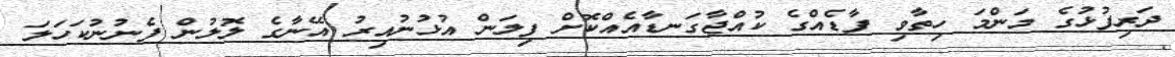
ދަރިފުޅުގެ މަންމަ ހިތާވި ފާޑެއްގެ ކުއްޖާގަނޑާއެއްކޮށް ފިލަން އުޅުނުއިރު އޭނާގެ ލޮލުން ފެނުނުކަހަލަ